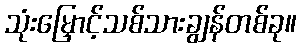
သုံးမြှောင့်သစ်သားချွန်တစ်ခု။